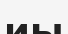
иы